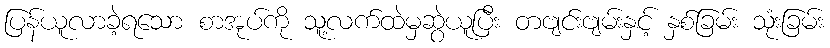
ပြန်ယူလာခဲ့ရသော စာအုပ်ကို သူ့လက်ထဲမှဆွဲယူပြီး တဗျင်းဗျမ်းနှင့် နှစ်ခြမ်း သုံးခြမ်း